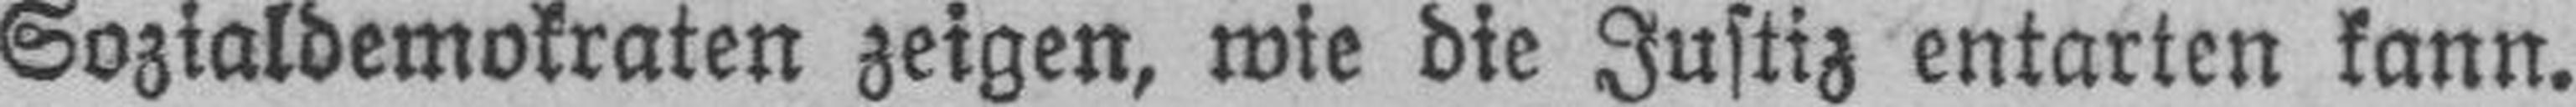
Sozialdemokraten zeigen, wie die Justiz entarten kann.